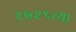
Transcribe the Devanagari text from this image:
१७२९च्या